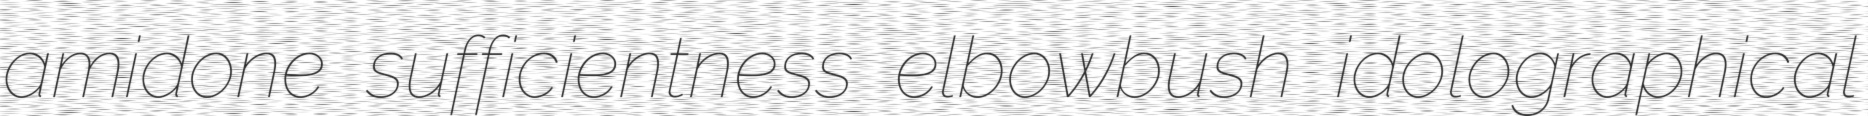
amidone sufficientness elbowbush idolographical